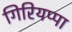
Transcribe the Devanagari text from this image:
गिरियप्पा